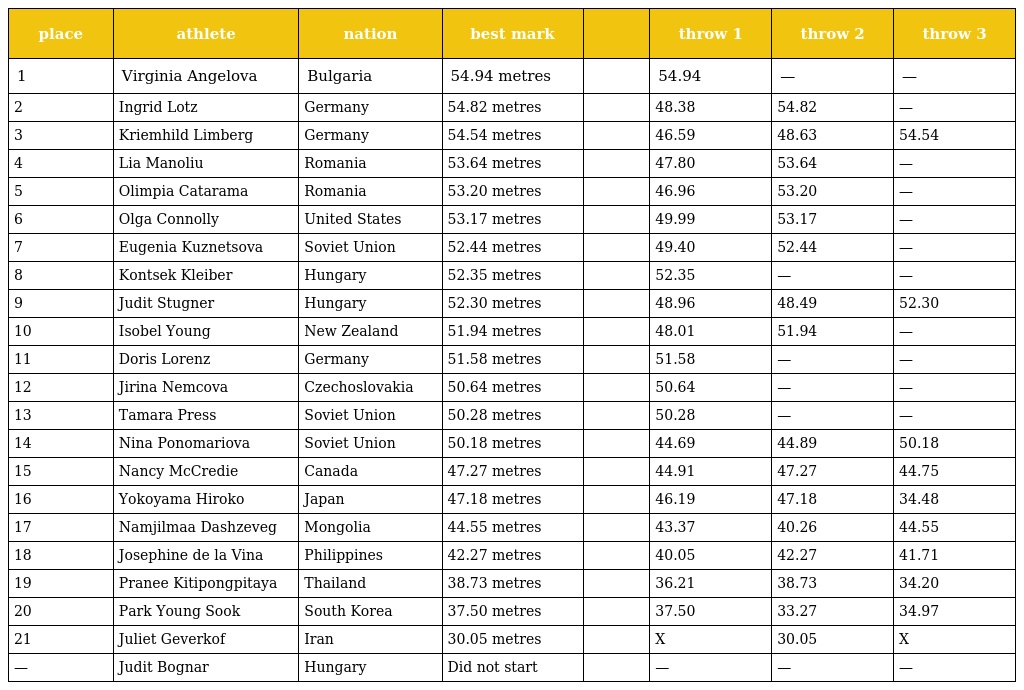
| place | athlete | nation | best mark |  | throw 1 | throw 2 | throw 3 |
 | --- | --- | --- | --- | --- | --- | --- | --- |
 | 1 | Virginia Angelova | Bulgaria | 54.94 metres |  | 54.94 | — | — |
 | 2 | Ingrid Lotz | Germany | 54.82 metres |  | 48.38 | 54.82 | — |
 | 3 | Kriemhild Limberg | Germany | 54.54 metres |  | 46.59 | 48.63 | 54.54 |
 | 4 | Lia Manoliu | Romania | 53.64 metres |  | 47.80 | 53.64 | — |
 | 5 | Olimpia Catarama | Romania | 53.20 metres |  | 46.96 | 53.20 | — |
 | 6 | Olga Connolly | United States | 53.17 metres |  | 49.99 | 53.17 | — |
 | 7 | Eugenia Kuznetsova | Soviet Union | 52.44 metres |  | 49.40 | 52.44 | — |
 | 8 | Kontsek Kleiber | Hungary | 52.35 metres |  | 52.35 | — | — |
 | 9 | Judit Stugner | Hungary | 52.30 metres |  | 48.96 | 48.49 | 52.30 |
 | 10 | Isobel Young | New Zealand | 51.94 metres |  | 48.01 | 51.94 | — |
 | 11 | Doris Lorenz | Germany | 51.58 metres |  | 51.58 | — | — |
 | 12 | Jirina Nemcova | Czechoslovakia | 50.64 metres |  | 50.64 | — | — |
 | 13 | Tamara Press | Soviet Union | 50.28 metres |  | 50.28 | — | — |
 | 14 | Nina Ponomariova | Soviet Union | 50.18 metres |  | 44.69 | 44.89 | 50.18 |
 | 15 | Nancy McCredie | Canada | 47.27 metres |  | 44.91 | 47.27 | 44.75 |
 | 16 | Yokoyama Hiroko | Japan | 47.18 metres |  | 46.19 | 47.18 | 34.48 |
 | 17 | Namjilmaa Dashzeveg | Mongolia | 44.55 metres |  | 43.37 | 40.26 | 44.55 |
 | 18 | Josephine de la Vina | Philippines | 42.27 metres |  | 40.05 | 42.27 | 41.71 |
 | 19 | Pranee Kitipongpitaya | Thailand | 38.73 metres |  | 36.21 | 38.73 | 34.20 |
 | 20 | Park Young Sook | South Korea | 37.50 metres |  | 37.50 | 33.27 | 34.97 |
 | 21 | Juliet Geverkof | Iran | 30.05 metres |  | X | 30.05 | X |
 | — | Judit Bognar | Hungary | Did not start |  | — | — | — |